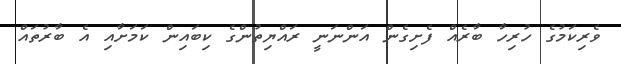
ވެރިކަމުގެ ހުރިހާ ބާރެއް ފެށިގެން އަންނަނީ ރައްޔިތުންގެ ކިބައިން ކަމަށާއި އެ ބާރުތައް